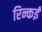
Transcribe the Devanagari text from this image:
रिन्कई